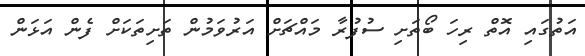
އަތުގައި އޮތް ރިހަ ބޯތަށި ސުފުރާ މައްޗަށް އަރުވަމުން ތަށިތަކަށް ފެން އަޅަން